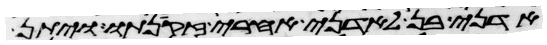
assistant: אדני בן לאדני אחרי זקנתו ויתן